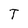
Character: T